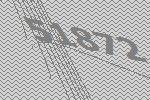
51872